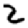
Digit: 2